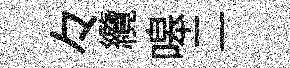
々纜嗥二